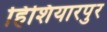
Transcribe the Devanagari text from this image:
हिशियारपुर